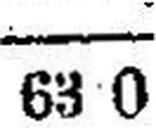
63 0